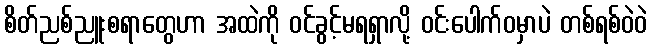
စိတ်ညစ်ညူးစရာတွေဟာ အထဲကို ဝင်ခွင့်မရရှာလို့ ဝင်းပေါက်ဝမှာပဲ တစ်ရစ်ဝဲဝဲ